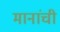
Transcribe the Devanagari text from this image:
मानांची